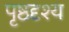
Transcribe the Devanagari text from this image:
पृष्ठदृश्य